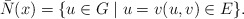
\begin{align*}\bar{N}(x) = \{u\in G\mid u=v (u,v)\in E\}.\end{align*}